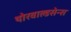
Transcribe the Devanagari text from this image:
थोरवाल्डसेन्स